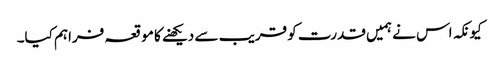
کیونکہ اس نے ہمیں قدرت کو قریب سے دیکھنے کا موقعہ فراہم کیا۔